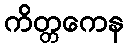
ကိတ္တကေန